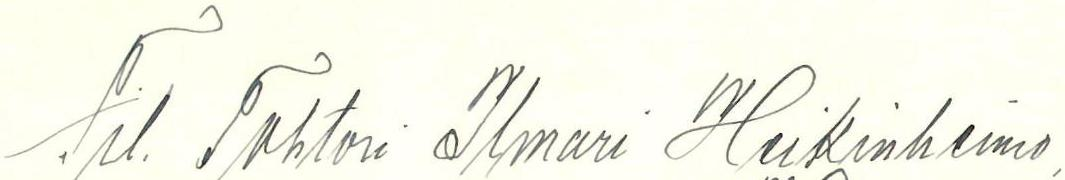
Fil. Tohtori Ilmari Heikinheimo,